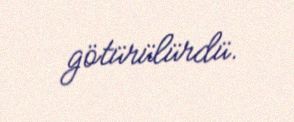
götürülürdü.